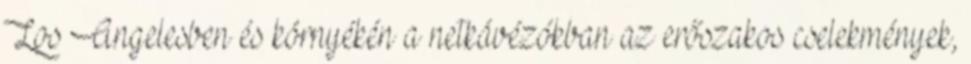
Los Angelesben és környékén a netkávézókban az erőszakos cselekmények,